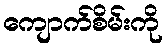
ကျောက်စိမ်းကို